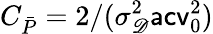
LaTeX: C_{\bar{P}}=2/(\sigma_{\mathscr D}^{2}\mathsf{acv}_{0}^{2})